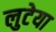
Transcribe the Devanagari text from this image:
लुटेया